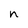
Character: n